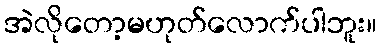
အဲလိုတော့မဟုတ်လောက်ပါဘူး။